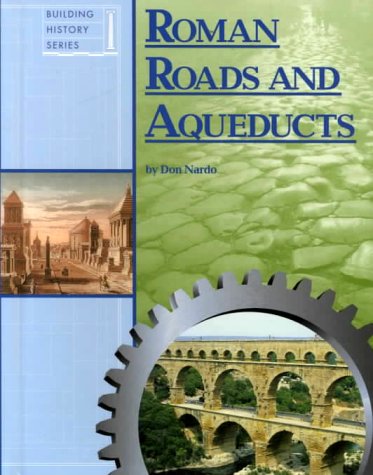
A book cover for Building History - Roman Roads and Aqueducts (Building History); Don Nardo; Teen & Young Adult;